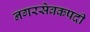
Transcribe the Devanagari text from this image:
नगरसेवकपदी